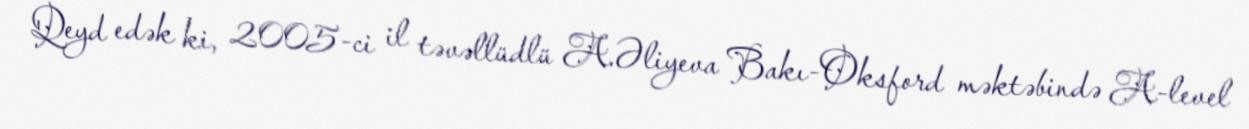
Qeyd edək ki, 2005-ci il təvəllüdlü A.Əliyeva Bakı-Oksford məktəbində A-level